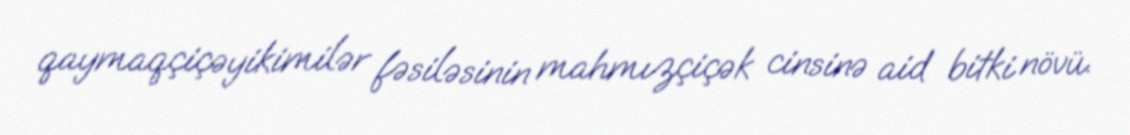
qaymaqçiçəyikimilər fəsiləsinin mahmızçiçək cinsinə aid bitki növü.